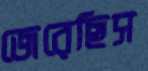
জেরেছিস